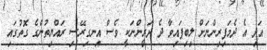
އަދި އެ ދެމަފިރިންނަށް ލިބިފައިވާ ދެ ދަރީންނަކީ ވެސް އިނގިރޭސި ރައްޔިތުންގެ ގޮތުގައި